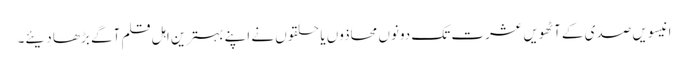
انیسویں صدی کے آٹھویں عشرت تک دونوں محاذوں یا حلقوں نے اپنے بہترین اہل قلم آگے بڑھا دیئے۔